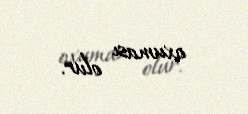
oxuması olur.